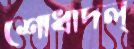
শোধাদল্